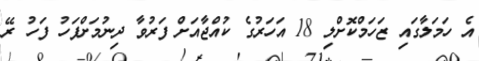
އެ ހަމަލާގައި ޒަހަމްކޮށްލި 18 އަހަރުގެ ކުއްޖާއަށް ފަރުވާ ދިނުމަށްފަހު ފަހު ރޭ